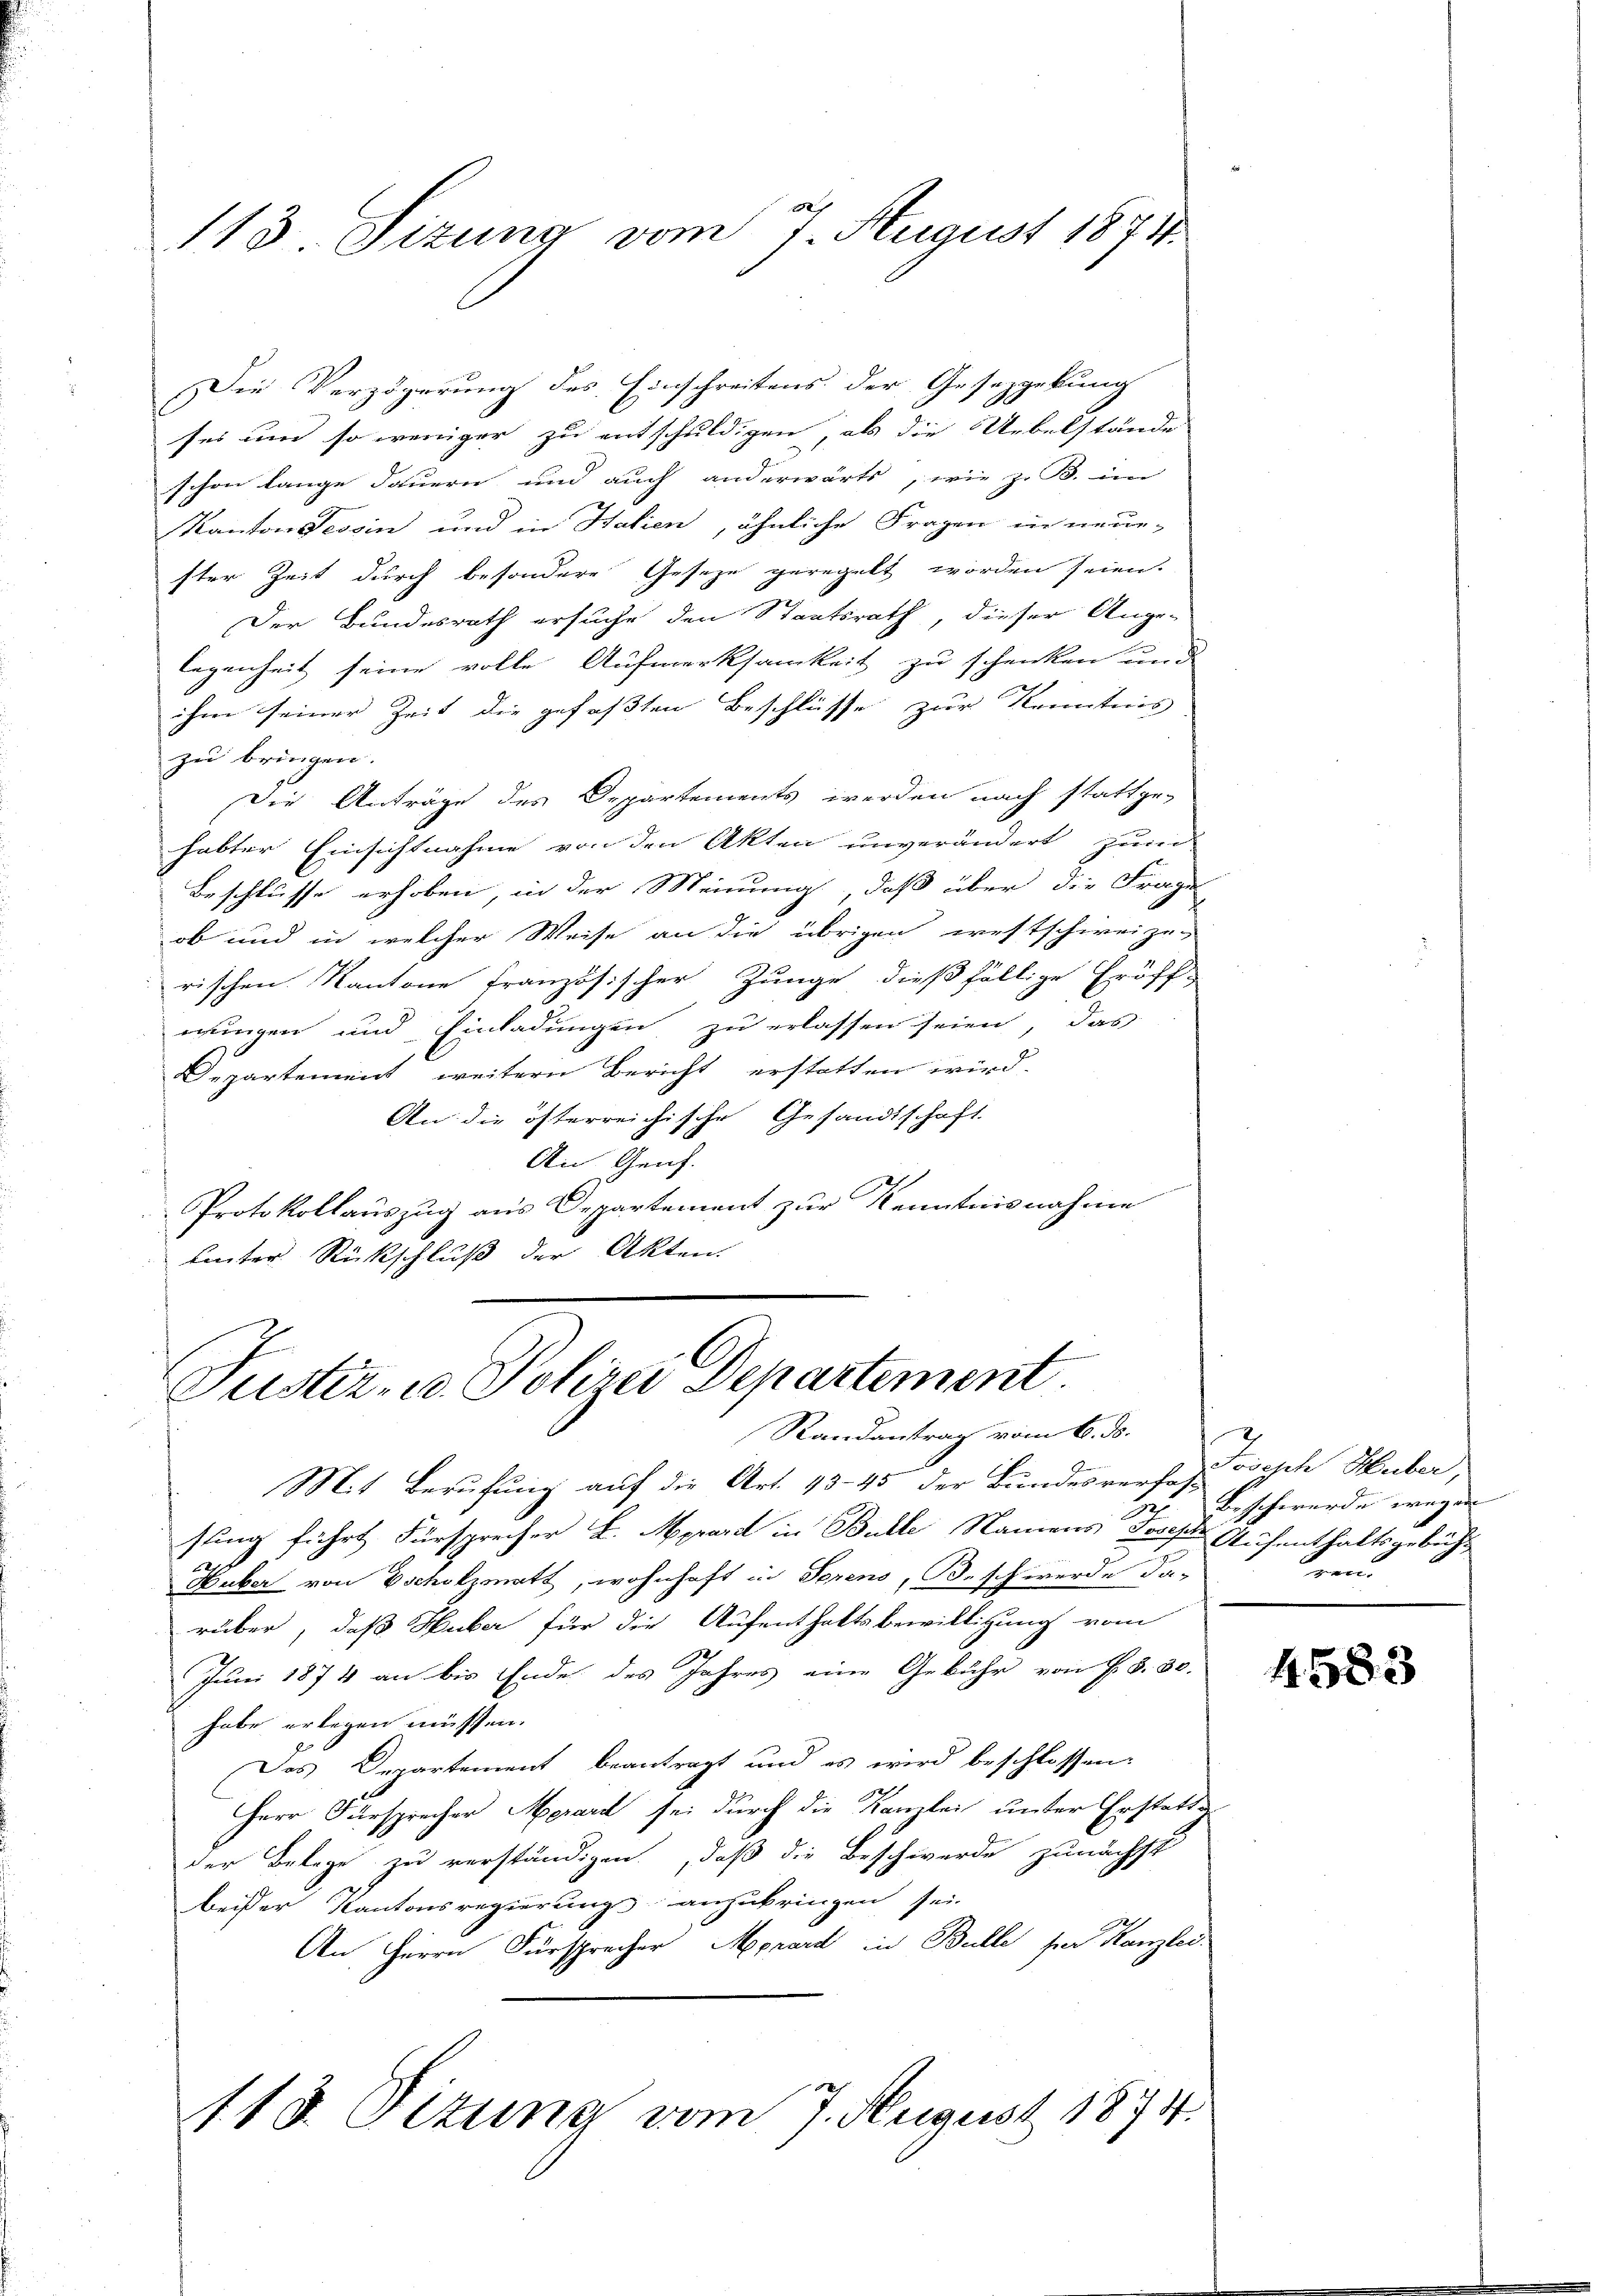
113 Sizung vom 7. August 18711.

Die Verzögerung des Einschreitens der Gesetzgebung
sei um so weniger zu entschuldigen, als die Uebelstände
Fr
schon lange dauern und auch anderwärts, wie z. B. im
Kantonsessin und in Halien, ähnliche Fragen in neue-
ster Zeit durch besondere Geseze geregelt worden seien.
Der Bundesrath ersuche den Staatsrath, dieser Ange-
legenheit seine volle Aufmerksamkeit zu schenken und
ihm seiner Zeit die gefaßten Beschlüsse zur Kenntnis
zu bringen.
Die Anträge des Departements werden nach stattge-
habter Einsichtnahme von den Akten unverändert zum
Beschlüsse erhoben, in der Meinung, daß über die Frage
ob und in welcher Weise an die übrigen westschweize-
rischen Kantone französischer Zunge dießfällige Eröff-
wungen und Einladungen zu erlassen seien, das
Departement weitern Bericht erstatten wird.
An die österreichische Gesandtschaft
An Genf.
Protokollauszug aus Departement zur Kenntnisnahme
uinter Rückschluß der Akten.

Justiz- u. Polizei Departement.
Randantrag vom 6. ds.

Mit Berufung auf die Art. 43. 45 der Bundesverfas-
.
sung führt Fürsprecher L. Merard in Bulle Namens Josef Aufenthaltsgebühx
Huber von scholzmatt, wohnhaft in Serens, Besch werde da-
rüber, daß Huber für die Aufenthaltsbewilligung vom
Juni 1874 an bis Ende des Jahres eine Gebühr von F. S. 30.
habe erlegen müssen.
Das Departement beantragt und es wird beschlossen,
Herr Fürsprecher Merard sei durch die Kanzlei unter Erstattg
der Belage zu verständigen, daß die Beschwerde zunächst
beißer Kantonsregierungs-anzubringen sei.
An Herrn Fürsprecher Morard in Bulle per Kanzlei.
113. Dizung vom 7. August 1874.

Joseph Huber,
Beschwerde wegen
reu¬

4583